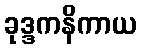
ခုဒ္ဒကနိကာယ